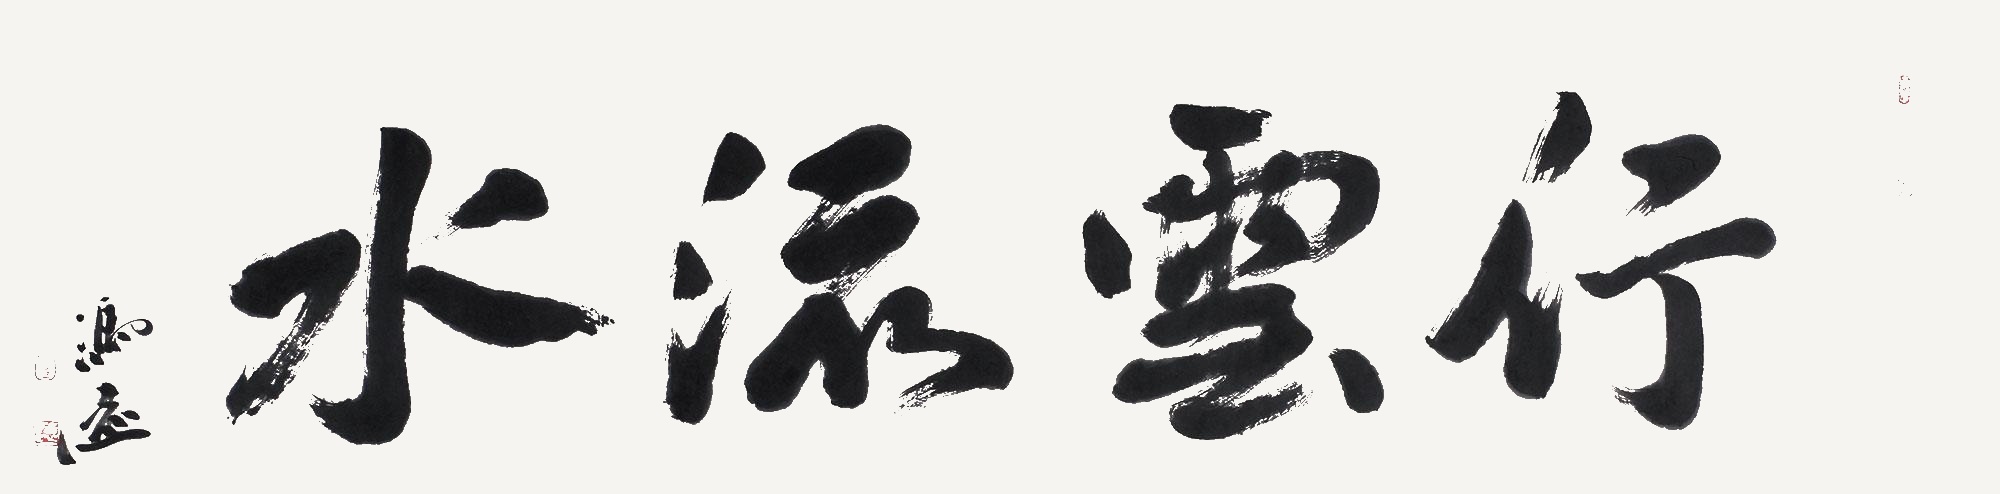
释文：行云流水冯远。